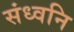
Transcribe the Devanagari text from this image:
संध्वनि